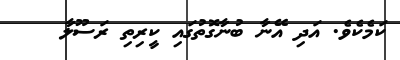
ކަމެކެވެ. އަދި އޭނާ ބުނާގޮތުގައި ކީރިތި ރަސޫލާ